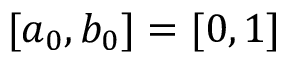
[ a _ { 0 } , b _ { 0 } ] = [ 0 , 1 ]